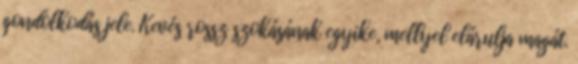
gondolkodás jele. Kevés rossz szokásának egyike, mellyel elárulja magát.